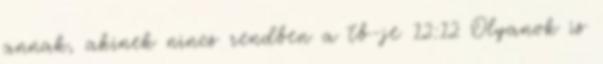
annak, akinek nincs rendben a tb-je 12:12 Olyanok is